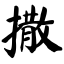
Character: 撒